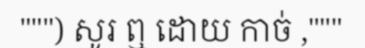
""") សូរ ឮ ដោយ កាច់ ,"""